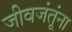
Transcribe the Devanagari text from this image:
जीवजंतूंना